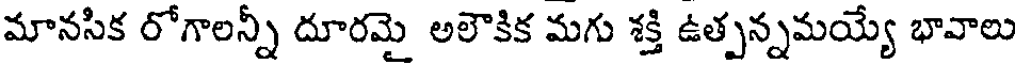
మానసిక రోగాలన్నీ దూరమై అలౌకిక మగు శక్తి ఉత్పన్నమయ్యే భావాలు